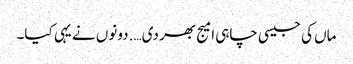
ماں کی جیسی چاہی امیج بھر دی…. دونوں نے یہی کیا۔